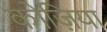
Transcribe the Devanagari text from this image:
कोज़िया